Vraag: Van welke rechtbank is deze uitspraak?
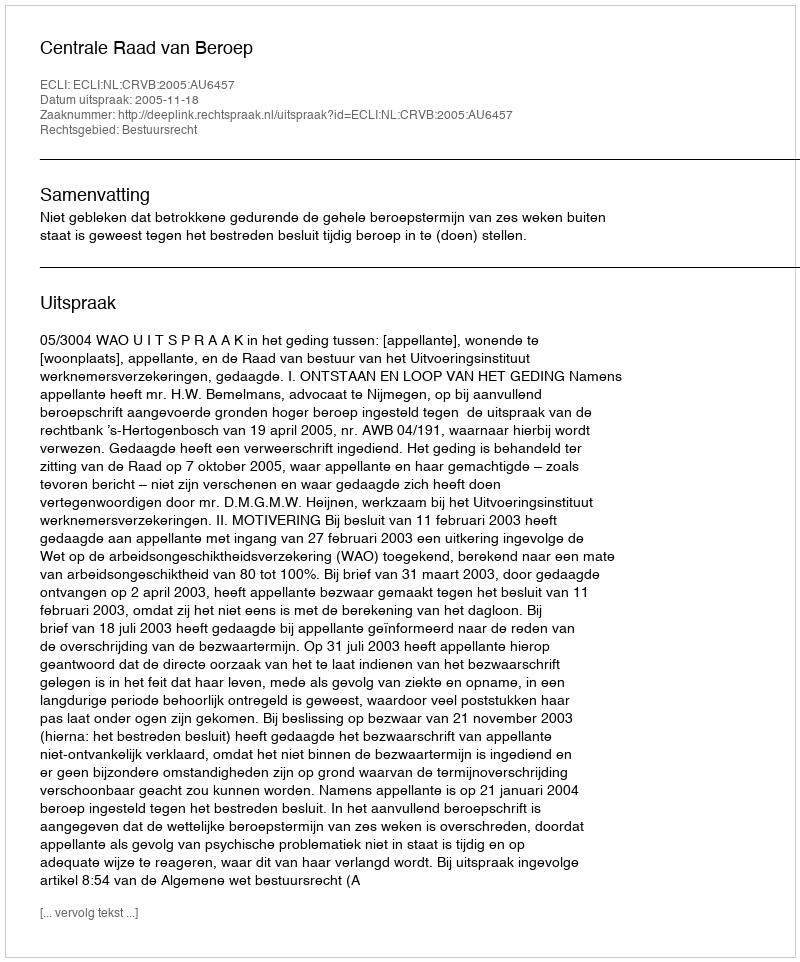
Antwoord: Centrale Raad van Beroep